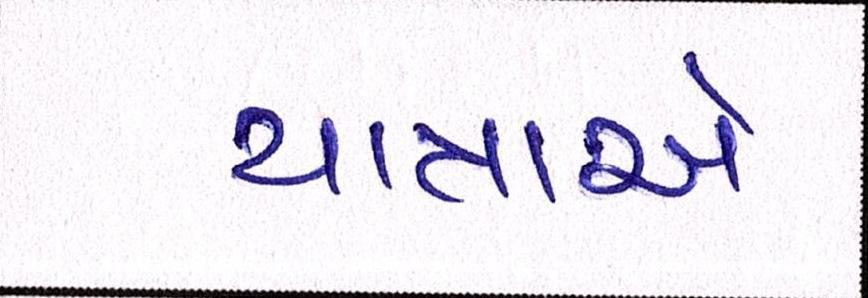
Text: યાત્રાએ